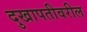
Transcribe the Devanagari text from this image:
दुखापतीवरील